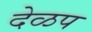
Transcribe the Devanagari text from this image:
देळप